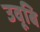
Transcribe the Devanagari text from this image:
उवूबि